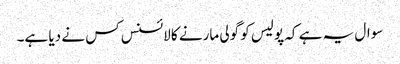
سوال یہ ہے کہ پولیس کو گولی مارنے کا لائسنس کس نے دیا ہے۔